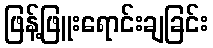
ဖြန့်ဖြူးရောင်းချခြင်း